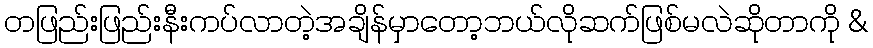
တဖြည်းဖြည်းနီးကပ်လာတဲ့အချိန်မှာတော့ဘယ်လိုဆက်ဖြစ်မလဲဆိုတာကို &